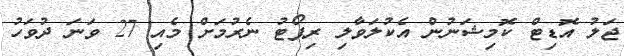
ޖަލު އޮޑިޓް ކޮމިޝަނުން އެކުލަވާލި ރިޕޯޓު ނެރުމަށް މެއި 27 ވަނަ ދުވަހު